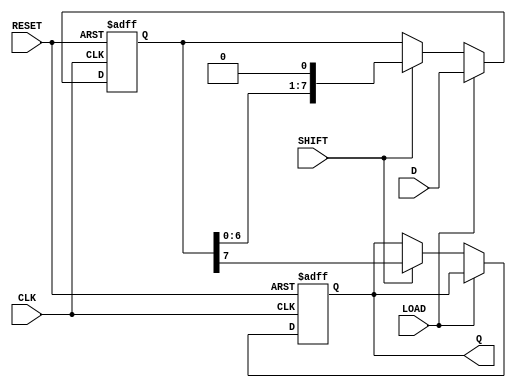
module PISO_ShiftRegister (
    input wire [n-1:0] D,      // Parallel data inputs
    input wire LOAD,           // Load enable signal
    input wire SHIFT,          // Shift enable signal
    input wire CLK,            // Clock signal
    input wire RESET,          // Asynchronous reset signal
    output reg Q               // Serial output
);
    parameter n = 8;           // Define the width of the register (can be changed as needed)
    
    reg [n-1:0] REG;           // Storage register

    always @(posedge CLK or posedge RESET) begin
        if (RESET) begin
            REG <= {n{1'b0}};   // Clear the register to zeros on reset
            Q <= 1'b0;          // Clear the serial output
        end else begin
            if (LOAD) begin
                REG <= D;       // Load the parallel data on LOAD
            end else if (SHIFT) begin
                Q <= REG[n-1];  // Output the MSB to Q
                REG <= {REG[n-2:0], 1'b0}; // Shift left and put the LSB as 0
            end
        end
    end

endmodule